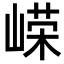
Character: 嵘